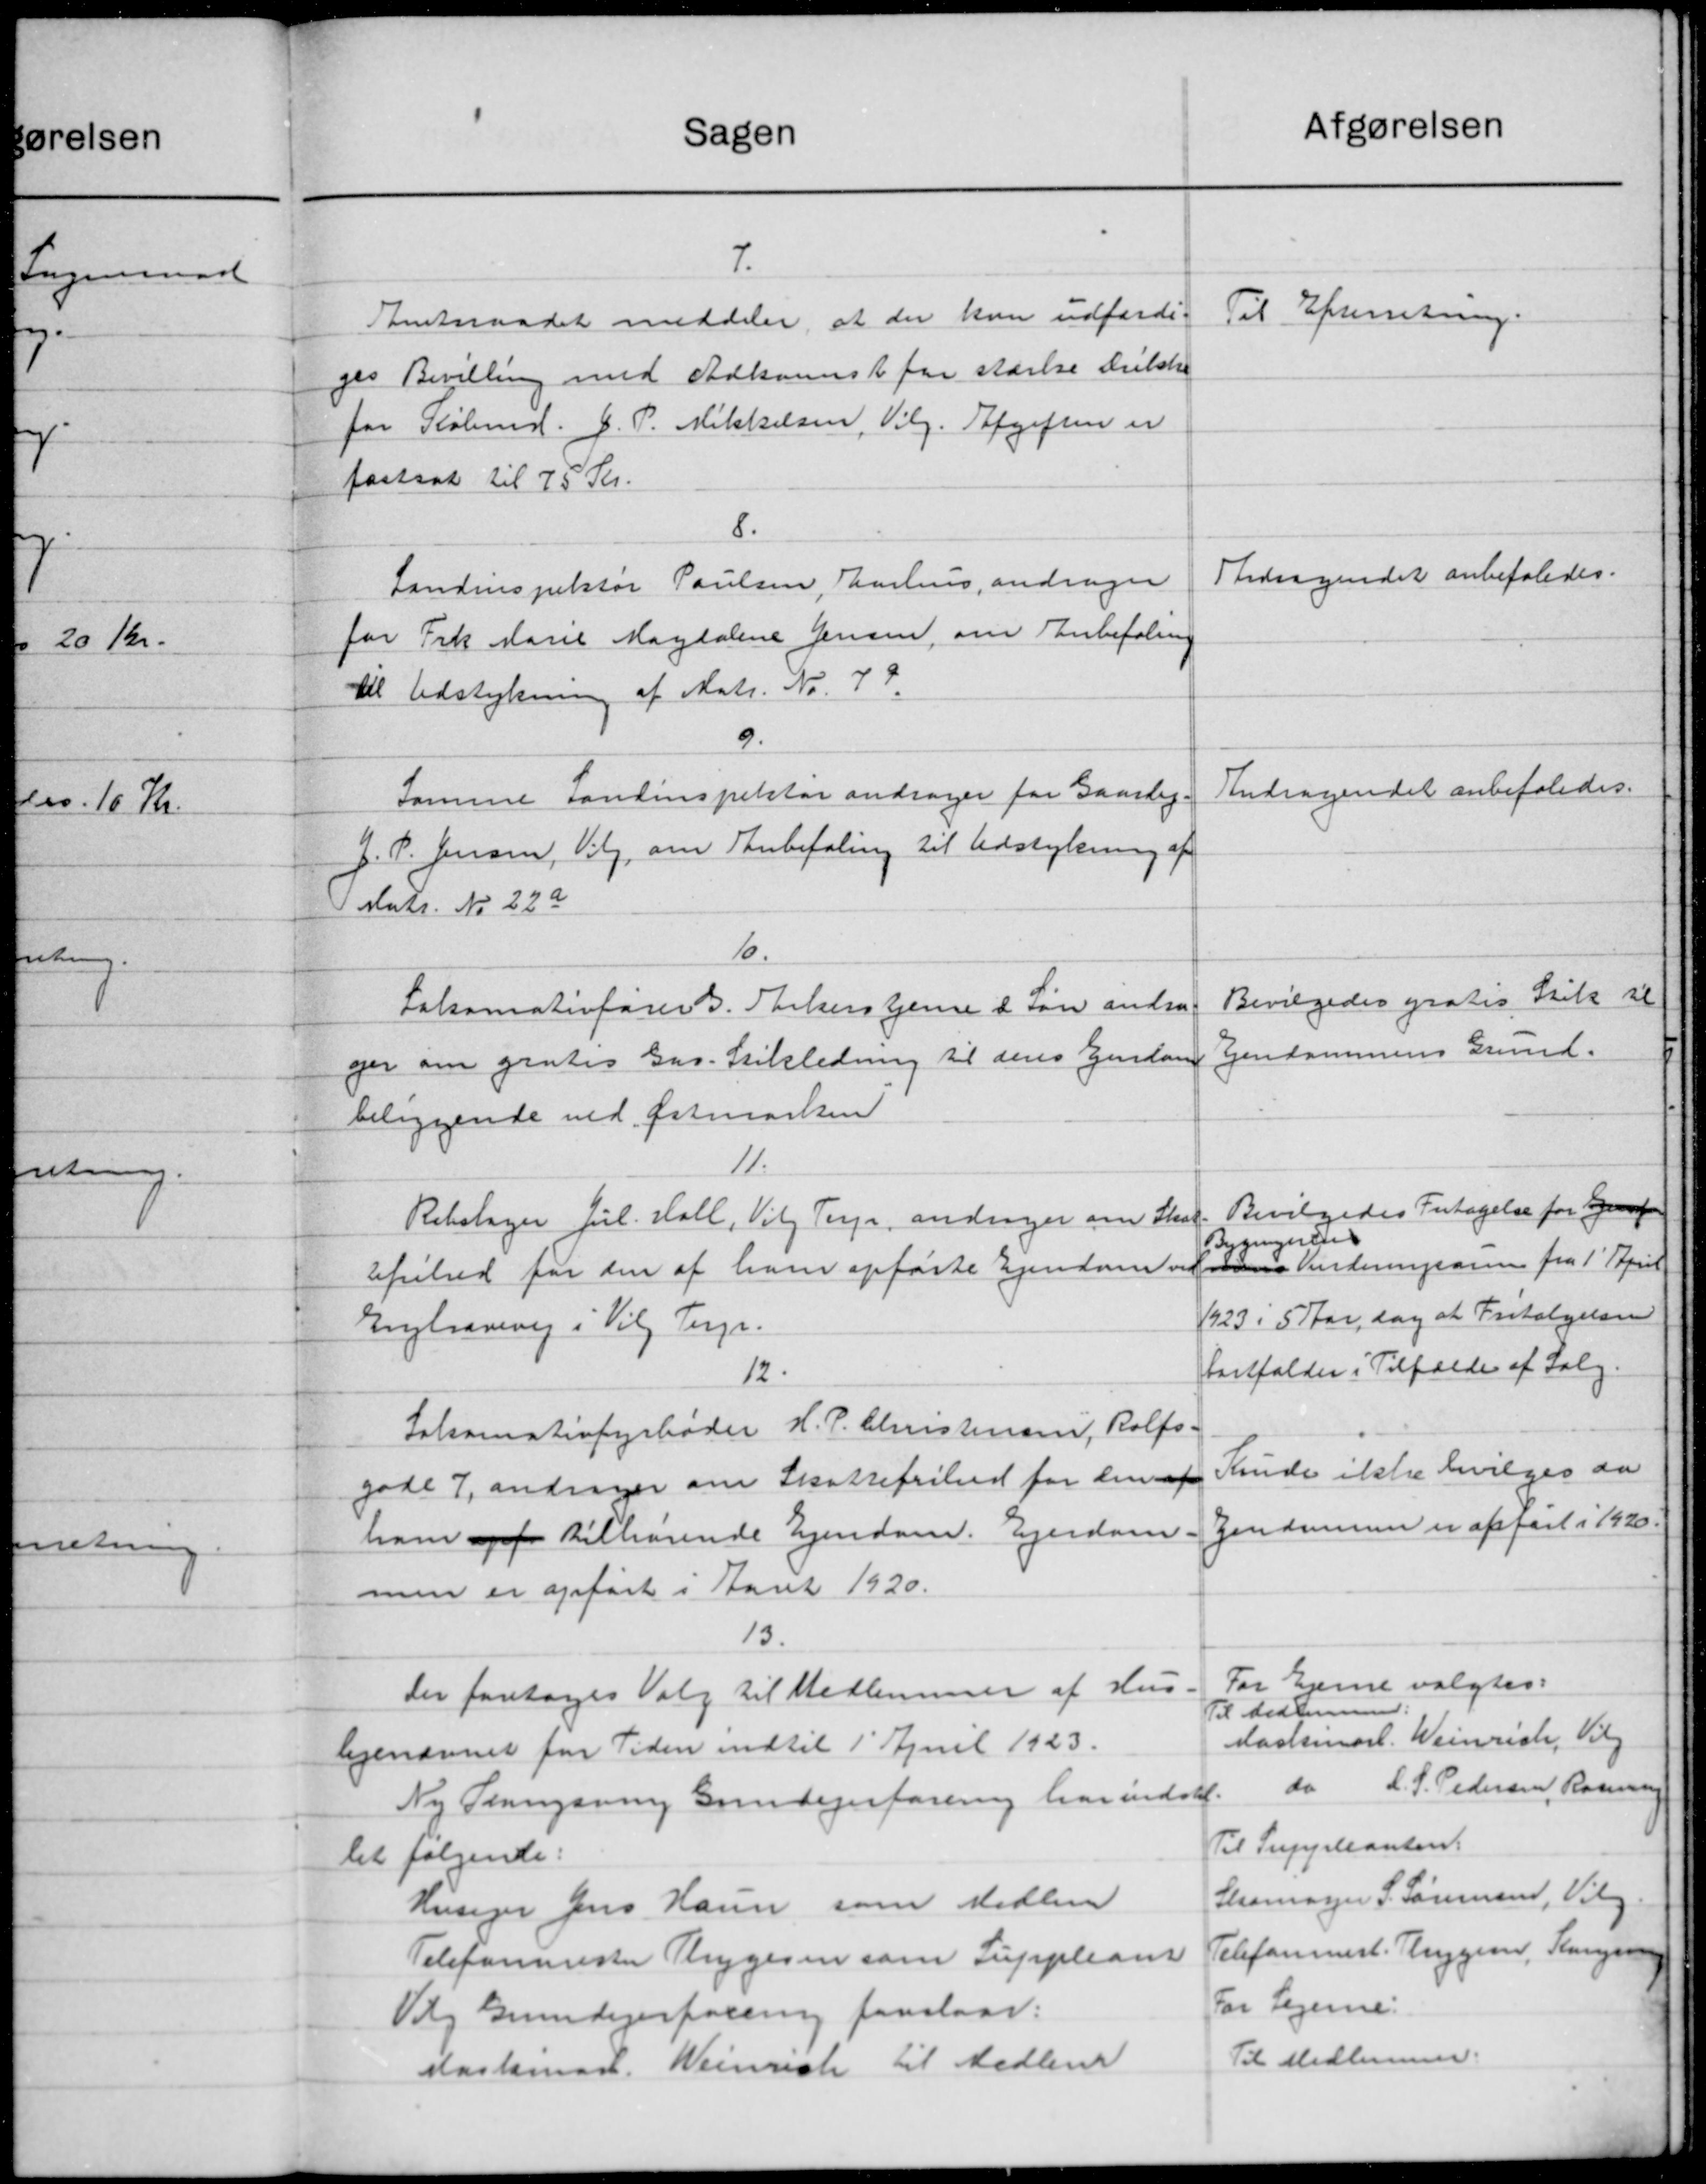
Transskription:
Sagen
7.
Amtsraadet meddeler at der kun udfærde-
ges Bevilling med Udkomst for stærke drikke
for Købmd. J. P. Mikkelsen, Vilg. Afgiften er
fastsat til 75 Kr.
8.
Landinspektør Poulsen, Aarhus andrager
for Frk Marie Magdalene Jensen, om Anbefaling
til Udstykning af Matr. Nr. 77.
9.
Samme Landinspektør andrager for Gaardej
J. P. Jensen, Valg om Anbefaling til Udstykning af
 Matr. No 22a
10.
Fatomaterfører B. Stikenstjene i Løn andra
ger om gratis Gar. Stikledning til dens Ejendom
beliggende ved fatmarken
11.
Rebslager Jul. Hall, Vil Terp, andrager om Skat
Afsilred for den af ham opførte Ejendom vis
Engtravevej i Vil Terp.
12.
Salamatiofyrbøder H. P. Christensen, Rolfs
gade 7, andrager om Skattefrihed for den af
ham opfo tilhørende Ejendom. Ejendom
men er opført i Aaret 1920.
13
Der foretoges Valg til Medlemmer af Hus.
legenævnet for Tiden indtil 1' April 1923.
Ny Slangsring Grundejerforening har indstil.
let følgende:
Husejer Jens Hansen som Medlem
Telefonmester Thygesen som Supplean
Vig Grundejerforening foreslaar:
astmast. Weinck til Medlem